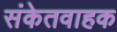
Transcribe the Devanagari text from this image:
संकेतवाहक